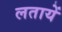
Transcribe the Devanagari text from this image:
लतायें